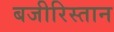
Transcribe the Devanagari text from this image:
बजीरिस्तान